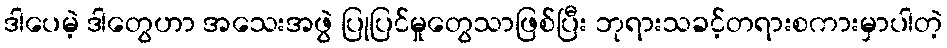
ဒါပေမဲ့ ဒါတွေဟာ အသေးအဖွဲ ပြုပြင်မှုတွေသာဖြစ်ပြီး ဘုရားသခင့်တရားစကားမှာပါတဲ့